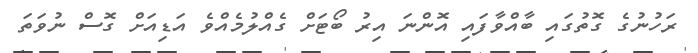
ރަހުނުގެ ގޮތުގައި ބާއްވާފައި އޮންނަ އިރު ބޯޓަށް ގެއްލުމެއްވެ އަޑިއަށް ގޮސް ނުވަތަ